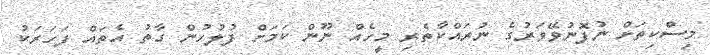
މިސްކިތަށް ނުފޮނުވޭވަރުގެ ނުރައްކާތެރި މީހެއް ނޫން ކަމަށް ފުލުހުން ގާތު އެތައް ފަހަރަކު